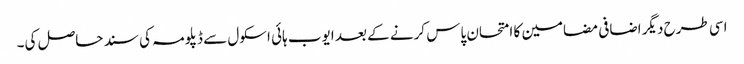
اسی طرح دیگر اضافی مضامین کا امتحان پاس کرنے کے بعد ایوب ہائی اسکول سے ڈپلومہ کی سند حاصل کی۔